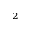
^ { 2 }